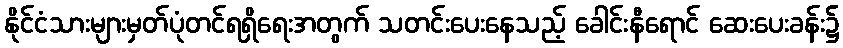
နိုင်ငံသားများမှတ်ပုံတင်ရရှိရေးအတွက် သတင်းပေးနေသည့် ခေါင်းနီရောင် ဆေးပေးခန်း၌